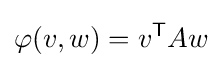
\varphi (v,w)=v^{\textsf {T}}Aw